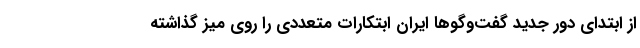
از ابتدای دور جدید گفت‌وگوها ایران ابتکارات متعددی را روی میز گذاشته